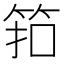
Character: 筘